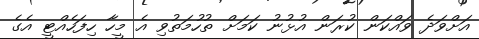
އަށްވަދެ ވައްކަން ކުރަން އުޅުނު ކަމަށް ތުހުމަތުވި އެ މީހާ ހިފަހެއްޓީ އެގެ